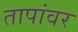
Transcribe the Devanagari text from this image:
तापांवर